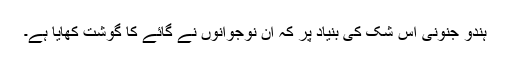
ہندو جنونی اس شک کی بنیاد پر کہ ان نوجوانوں نے گائے کا گوشت کھایا ہے۔